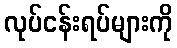
လုပ်ငန်းရပ်များကို